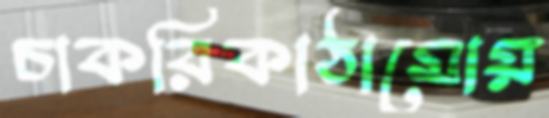
চাকরিকাঠামোয়